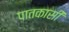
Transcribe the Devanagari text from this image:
पातकासी